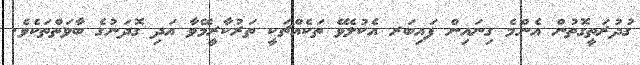
ގުދުރަތީގޮތުން އެންމެ ގިނައިން ފައިބަރ އެކުލެވޭ ތަކެއްޗަކީ ތަރުކާރީމޭވާ އަދި ގޮދަނުގެ ބާވަތްތަކެވެ.